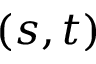
( s , t )